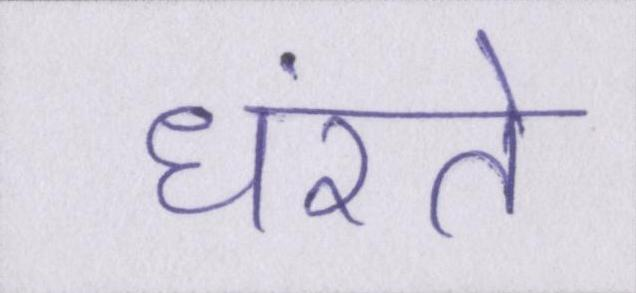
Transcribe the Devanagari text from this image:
धंसते